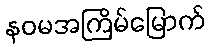
နဝမအကြိမ်မြောက်